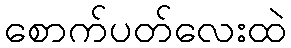
စောက်ပတ်လေးထဲ